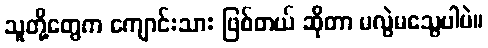
သူတို့တွေက ကျောင်းသား ဖြစ်တယ် ဆိုတာ မလွဲမသွေပါပဲ။